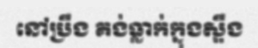
នៅប្រឹង គង់ធ្លាក់ក្នុងស្ទឹង